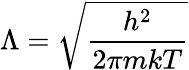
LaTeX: \Lambda={\sqrt{\frac{h^{2}}{2\pi mkT}}}